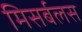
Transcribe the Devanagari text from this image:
मिसर्बलस